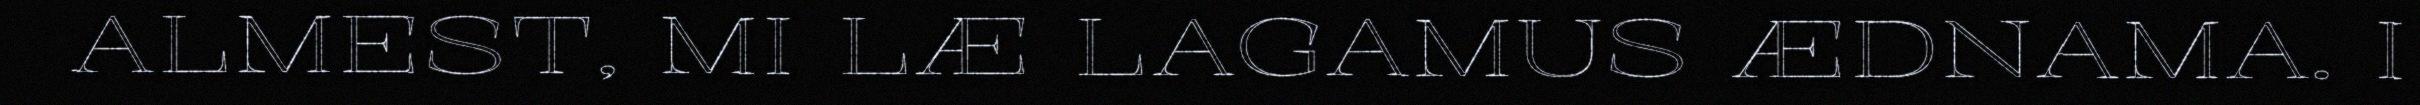
ALMEST, MI LÆ LAGAMUS ÆDNAMA. I